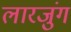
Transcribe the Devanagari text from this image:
लारजुंग